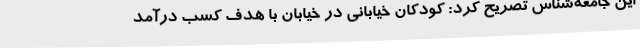
این جامعه‌شناس تصریح کرد: کودکان خیابانی در خیابان با هدف کسب درآمد